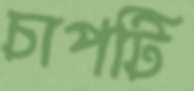
চাপটি